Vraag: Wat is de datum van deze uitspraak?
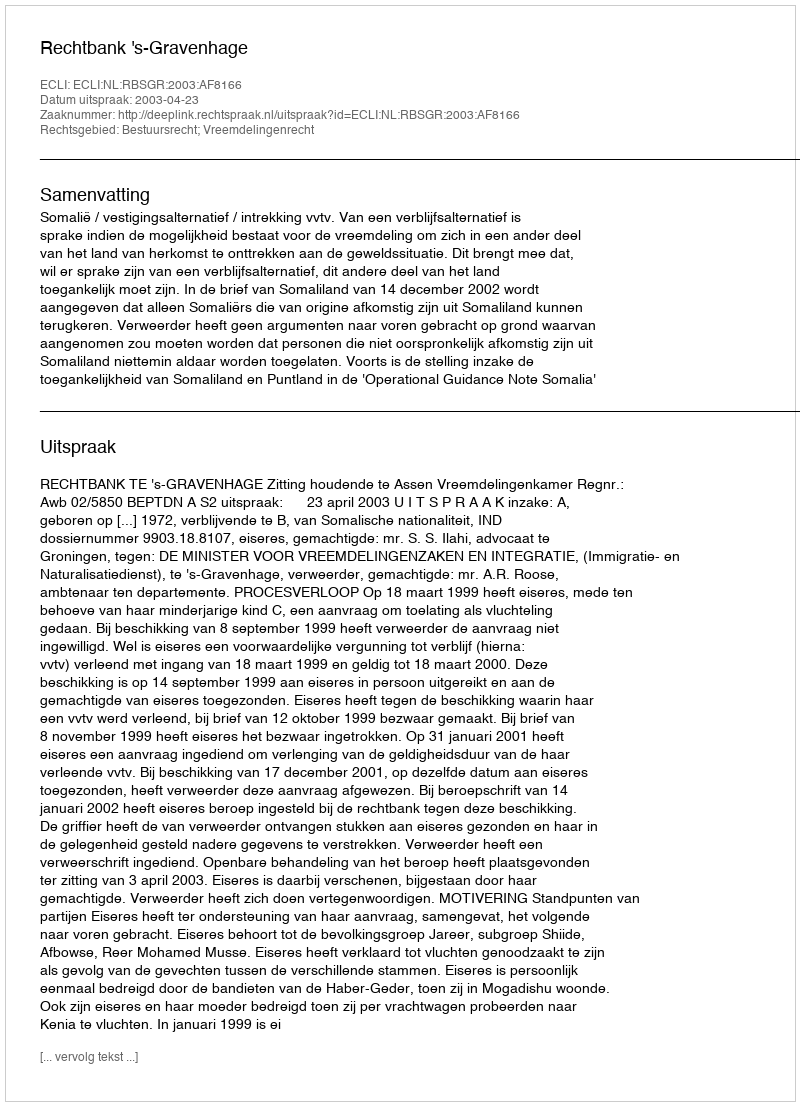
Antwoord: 2003-04-23